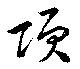
項